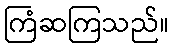
ကြံဆကြသည်။